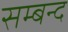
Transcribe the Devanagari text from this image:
सम्बन्द